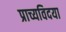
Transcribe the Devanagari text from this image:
प्राच्यविदया